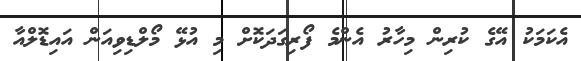
އެކަމަކު އޭގެ ކުރިން މިހާރު އެންމެ ފޯރިގަދަކޮށް މި އުޅޭ މޯލްޑިވިއަން އައިޑޮލްއާ